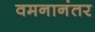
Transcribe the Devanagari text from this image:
वमनानंतर